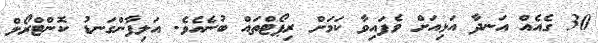
30 ގެއެއް އަނދާ އަޅިއަށް ވެފައިވާ ކަމަށް ރިޕޯޓްތައް ބުނެއެވެ. އަލިފާންގަނޑު ކޮންޓްރޯލް